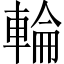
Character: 輪